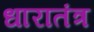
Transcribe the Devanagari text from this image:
धारातंत्र